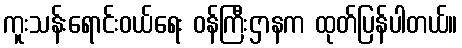
ကူးသန်းရောင်းဝယ်ရေး ဝန်ကြီးဌာနက ထုတ်ပြန်ပါတယ်။